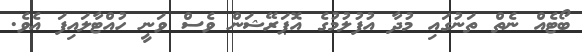
ބޯޓެއް ނެތް ތަނުގައި މުދާ އުފުލުމުގެ އޮޕަރޭޝަން ވެސް ވަނީ ހުއްޓާލައިފަ އެވެ.